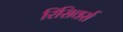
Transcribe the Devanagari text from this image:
रिसिवर्स